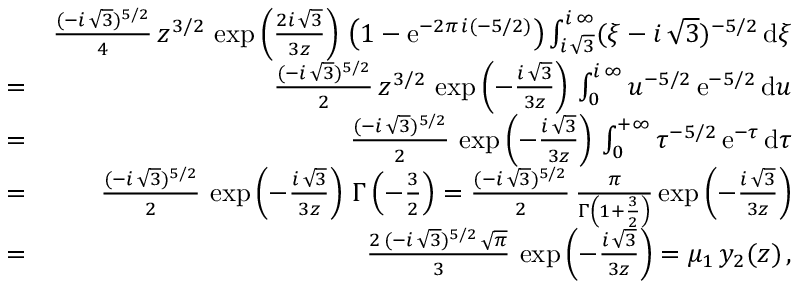
\begin{array} { r l r } & { } & { \frac { ( - i \, \sqrt { 3 } ) ^ { 5 / 2 } } { 4 } \, z ^ { 3 / 2 } \, \exp \left( \frac { 2 i \, \sqrt { 3 } } { 3 z } \right) \, \left( 1 - \mathrm { e } ^ { - 2 \pi \, i ( - 5 / 2 ) } \right) \int _ { i \, \sqrt { 3 } } ^ { i \, \infty } ( \xi - i \, \sqrt { 3 } ) ^ { - 5 / 2 } \, \mathrm { d } \xi } \\ & { = } & { \frac { ( - i \, \sqrt { 3 } ) ^ { 5 / 2 } } { 2 } \, z ^ { 3 / 2 } \, \exp \left( - \frac { i \, \sqrt { 3 } } { 3 z } \right) \, \int _ { 0 } ^ { i \, \infty } u ^ { - 5 / 2 } \, \mathrm { e } ^ { - 5 / 2 } \, \mathrm { d } u } \\ & { = } & { \frac { ( - i \, \sqrt { 3 } ) ^ { 5 / 2 } } { 2 } \, \exp \left( - \frac { i \, \sqrt { 3 } } { 3 z } \right) \, \int _ { 0 } ^ { + \infty } \tau ^ { - 5 / 2 } \, \mathrm { e } ^ { - \tau } \, \mathrm { d } \tau } \\ & { = } & { \frac { ( - i \, \sqrt { 3 } ) ^ { 5 / 2 } } { 2 } \, \exp \left( - \frac { i \, \sqrt { 3 } } { 3 z } \right) \, \Gamma \left( - \frac { 3 } { 2 } \right) = \frac { ( - i \, \sqrt { 3 } ) ^ { 5 / 2 } } { 2 } \, \frac { \pi } { \Gamma \left( 1 + \frac { 3 } { 2 } \right) } \exp \left( - \frac { i \, \sqrt { 3 } } { 3 z } \right) } \\ & { = } & { \frac { 2 \, ( - i \, \sqrt { 3 } ) ^ { 5 / 2 } \, \sqrt { \pi } } { 3 } \, \exp \left( - \frac { i \, \sqrt { 3 } } { 3 z } \right) = \mu _ { 1 } \, y _ { 2 } ( z ) \, , } \end{array}